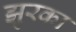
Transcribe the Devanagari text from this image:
झुरका